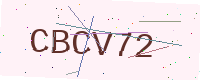
Text: CBCV72